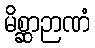
မိစ္ဆာဉာဏံ